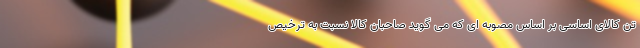
تن کالای اساسی بر اساس مصوبه ای که می گوید صاحبان کالا نسبت به ترخیص